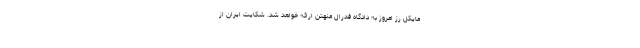
مایکل رز امروز به دادگاه فدرال منهتن ارائه خواهد شد. شکایت ایران از